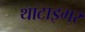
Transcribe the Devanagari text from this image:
थाटाइगर